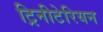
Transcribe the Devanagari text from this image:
ट्रिनीटेरियन